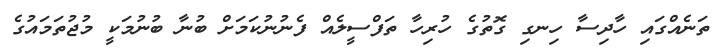
ތަނެއްގައި ހާދިސާ ހިނގި ގޮތުގެ ހުރިހާ ތަފްސީލެއް ފެނުނުކަމަށް ބުނާ ބުނުމަކީ މުޖުތަމައުގެ